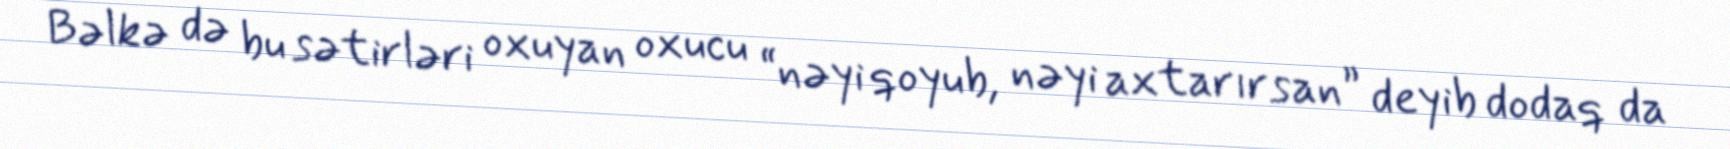
Bəlkə də bu sətirləri oxuyan oxucu “nəyi qoyub, nəyi axtarırsan” deyib dodaq da